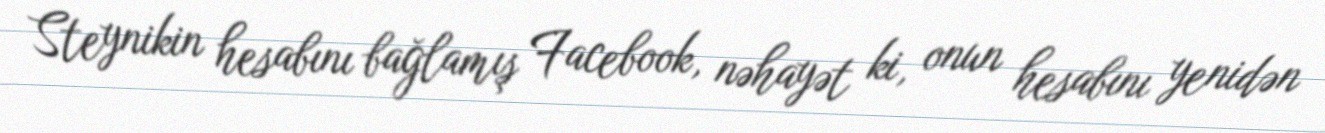
Steynikin hesabını bağlamış Facebook, nəhayət ki, onun hesabını yenidən